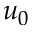
u _ { 0 }